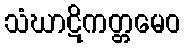
သံဃာဋိကတ္တမေဝ